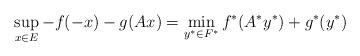
LaTeX: \begin{align*}\sup_{x \in E} -f(-x) - g(Ax) = \min_{y^* \in F^*} f^*(A^*y^*) + g^*(y^*)\end{align*}